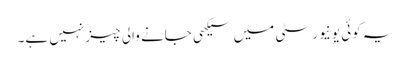
یہ کوئی یونیورسٹی میں سیکھی جانے والی چیز نہیں ہے۔